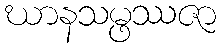
ဃာနသမ္ဖဿဇာ